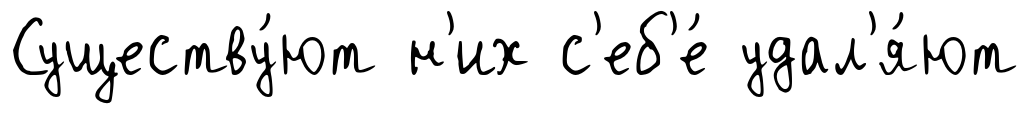
Существу́ют н'их с'еб'е́ удал'я́ют